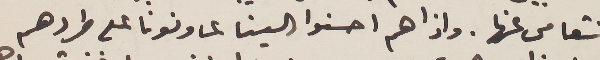
نتعامى عنها. واذا هم احسنوا الينا عاونونا على طردهم